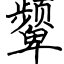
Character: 颦